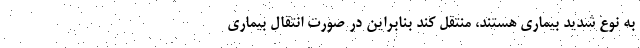
به نوع شدید بیماری هستند، منتقل کند بنابراین در صورت انتقال بیماری